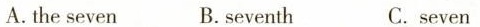
A. the seven B. seventh C. seven